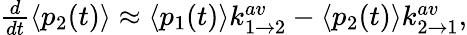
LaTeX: \begin{array}{r}{\frac{d}{dt}\langle p_{2}(t)\rangle\approx\langle p_{1}(t)\rangle k_{1\rightarrow 2}^{av}-\langle p_{2}(t)\rangle k_{2\rightarrow 1}^{av},}\end{array}